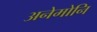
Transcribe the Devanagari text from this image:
अनेमोनि